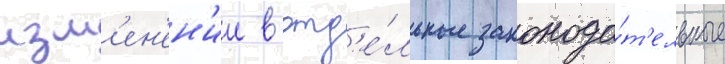
изм'ен'ен'ии в отд'е́льные законода́т'ельные